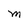
Character: M